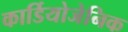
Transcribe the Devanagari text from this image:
कार्डियोजेनिक